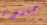
جمهور